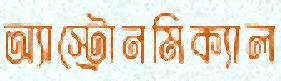
অ্যাস্ট্রোনমিক্যাল